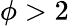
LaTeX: \phi>2